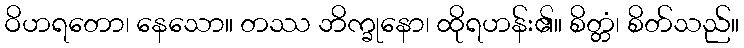
ဝိဟရတော၊ နေသော။ တဿ ဘိက္ခုနော၊ ထိုရဟန်း၏။ စိတ္တံ၊ စိတ်သည်။